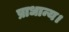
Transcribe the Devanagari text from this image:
प्राधान्य।